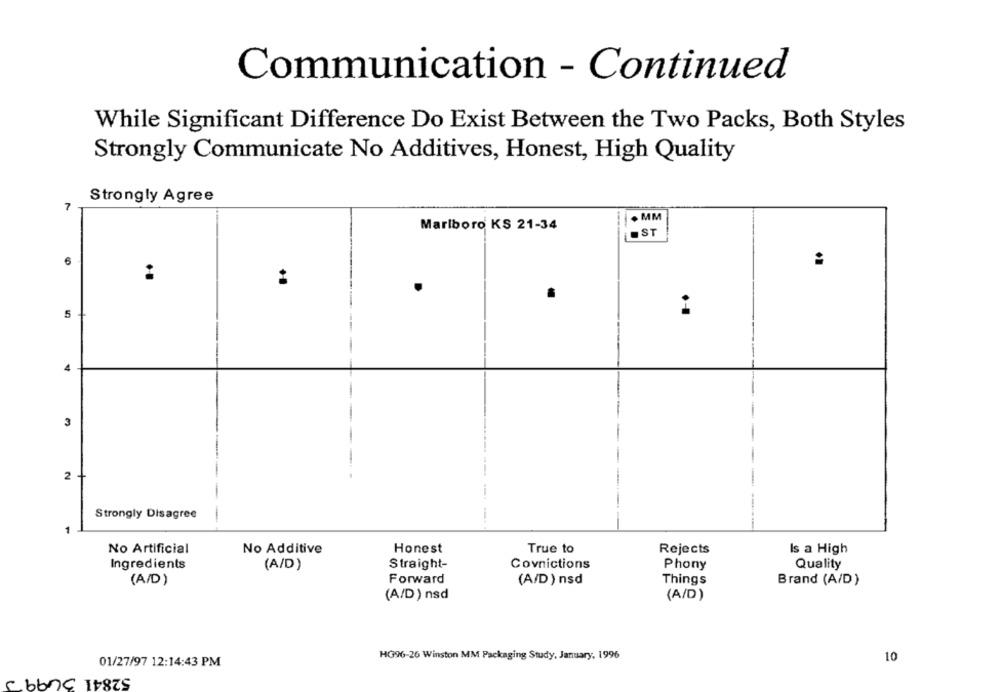
Communication - Continued
While Significant Difference Do Exist Between the Two Packs, Both Styles
Strongly Communicate No Additives, Honest, High Quality
Strongly Agree
7
MM
Marlboro KS 21-34
ST
6
5
4
3
--
2
Strongly Disagree
1
No Artificial
No Additive
Honest
True to
Rejects
Is a High
Ingredients
(A/D)
Straight-
Covnictions
Phony
Quality
Forward
(A/D) nsd
Things
(A/D)
Brand (A/D)
(A/D) nsd
(A/D)
HG96-26 Winston MM Packaging Study, January, 1996
10
01/27/97 12:14:43 PM
52841 3499 3